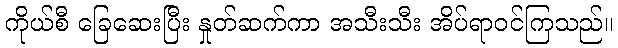
ကိုယ်စီ ခြေဆေးပြီး နှုတ်ဆက်ကာ အသီးသီး အိပ်ရာဝင်ကြသည်။